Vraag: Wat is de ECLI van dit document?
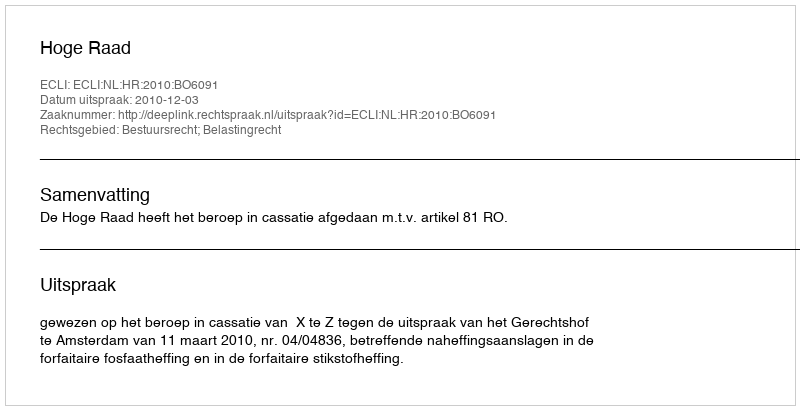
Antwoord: ECLI:NL:HR:2010:BO6091